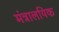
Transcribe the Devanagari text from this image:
मंत्रालयिक